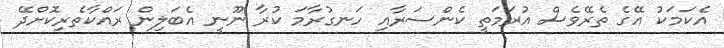
އެކަމަކު އޭގެ ތެރޭވެސް އުރަމަތީ ކެންސަރާއި ހަނގުރާމަ ކުރާ ނޫނީ އެބަލިން ރައްކާތެރިކޮށްދޭ